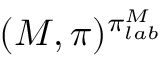
( M , \pi ) ^ { \pi _ { l a b } ^ { M } }